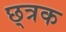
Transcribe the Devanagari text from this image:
छ्त्रक